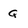
Character: Q